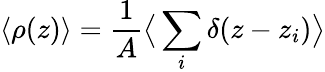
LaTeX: \langle\rho(z)\rangle=\frac{1}{A}\big\langle\sum_{i}\delta(z-z_{i})\big\rangle